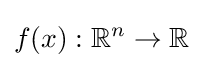
f(x):\mathbb {R} ^{n}\to \mathbb {R}